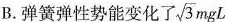
B.弹簧弹性势能变化了 \sqrt{3}mgL